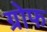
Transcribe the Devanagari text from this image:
ग्रोफ